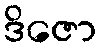
ဒိဇော